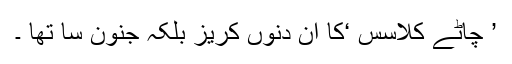
’ چاٹے کلاسس ‘کا ان دنوں کریز بلکہ جنون سا تھا ۔